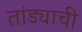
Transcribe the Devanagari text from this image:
तांड्याची